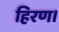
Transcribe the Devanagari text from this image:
हिरण।